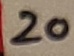
Text: 20